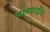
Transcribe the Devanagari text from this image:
पाम्पादोर